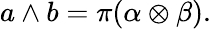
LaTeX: a\wedge b=\pi(\alpha\otimes\beta).